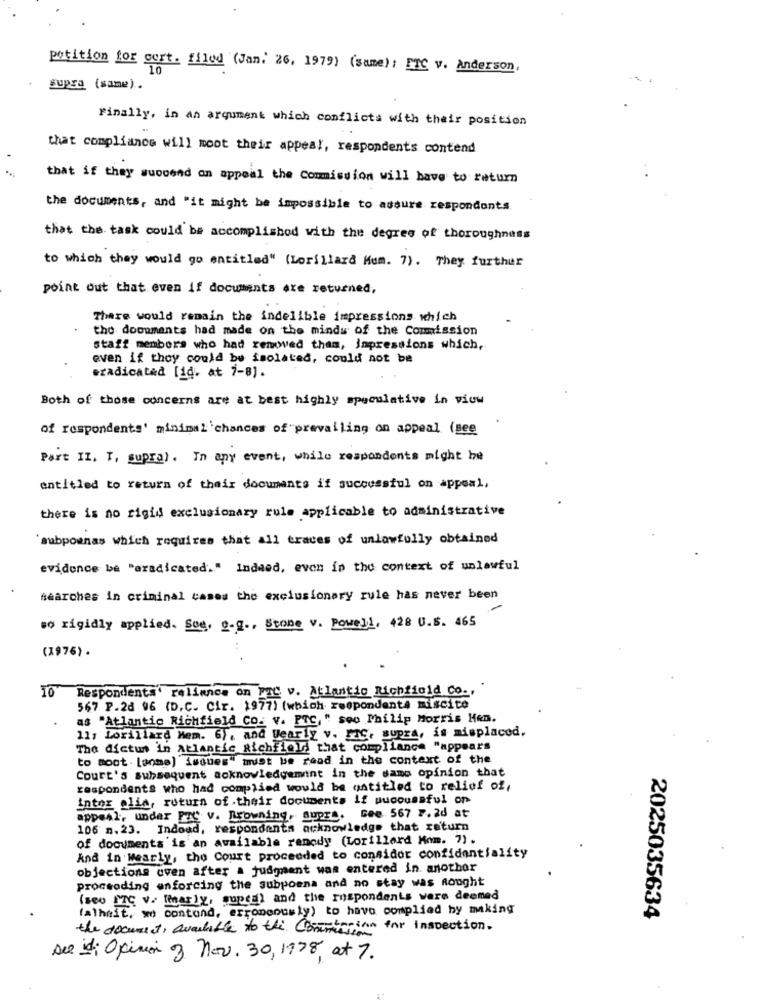
petition for gert. filed (Jan. 26, 1979) (same): FTC v. Anderson,
supra (same).
Finally, in an argument which conflicts with their position
that compliance will moot their appeal, respondents contend
that if they suovend on appeal the Commission will have to return
the documents, and "it might be impossible to assure respondonts.
that the task could be accomplished with the degree of thoroughness
to which they would go entitled" (Lorillard Mam. 7) . They further
point out that even if documents are returned,
There would remain the indelible impressions which
the doopments had made on the minds of the Commission
staff members who had removed them, Impressions which,
even if they could be isolated, could not be
eradicated [id. at 7-8].
Both of those concerns are at best highly speculative in viow
of respondents' minimal chances of"prevailing on appeal (see
Part II. I, supra). In any event, while respondents might be
entitled to return of their documents if successful on appeal,
there is no rigid exclusionary rule applicable to administrative
subpoenas which requires that all traces of unlawfully obtained
evidence be "eradicated." Indeed, even in the context of unlawful
searches in criminal cases the exclusionary rule has never been
so rigidly applied. Sue. o.g ., Stone v. Powell, 428 U.S. 465
(1976) .
Respondents' reliance on PTC v. Atlantic Richfield Co .,
567 P.26 96 (D.C. Cir. 1977) (which respondent4 miscito
as "Atlantic Richfield Co. v. PTC," soo Philip Morris Hem.
11; Lorillard Mem. 6), and Wearly v. FTC, supra, is misplaced.
The dictus in atlantic Richfield that compliance "appears
to most Lanma] isques" must be read in the context of the
Court's subsequent acknowledgement in the same opinion that
respondents who had complied would be entitled to relief of,
intex elia, return of their documents if pucouseful on
appeal, under FTC v. Browning, auprs. Gee 567 7.2d at
106 n. 23. Indoad, respondents acknowledge that return
of documents'is an available renody (Lorillard Mom. 7).
And in wearly, the Court proceeded to considor confidentiality
objections uven after a judgment was entered in. anothor
proceeding enforcing the subpoena and no stay was Rought
(se0 7C V. [marly, supea) and the respondents were deemed
falhait, we contond, erroneously) to have complied by making
2025035634
the document, avachille to the Commission
trinn for inspection.
see idi Opinion of Nov. 30, 1978, at 7.